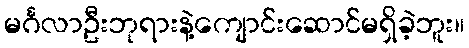
မင်္ဂလာဦးဘုရားနဲ့ကျောင်းဆောင်မရှိခဲ့ဘူး။